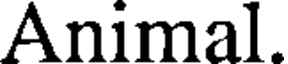
Animal.